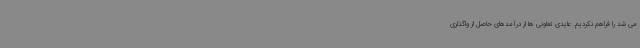
می شد را فراهم نکردیم. عایدی تعاونی ها از درآمدهای حاصل از واگذاری